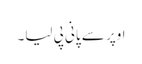
اوپر سے پانی پی لیا۔